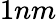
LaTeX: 1nm